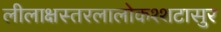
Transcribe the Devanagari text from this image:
लीलाक्षस्तरलालोकश्शटासुर